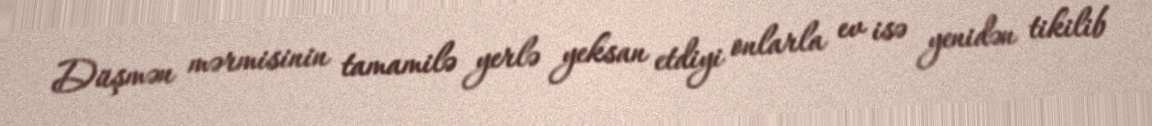
Düşmən mərmisinin tamamilə yerlə yeksan etdiyi onlarla ev isə yenidən tikilib